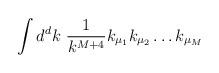
LaTeX: \begin{align*}\int d^{d}k\ \frac{1}{k^{M+4}}k_{\mu_{1}} k_{\mu_{2}} \ldots k_{\mu_{M}}\end{align*}